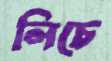
লিচে